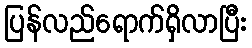
ပြန်လည်ရောက်ရှိလာပြီး